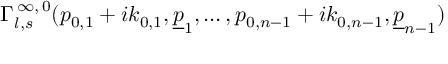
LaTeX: \Gamma _ { l , s } ^ { \, \infty , \, 0 } ( p _ { 0 , 1 } + i k _ { 0 , 1 } , \underline { { { p } } } _ { 1 } , \ldots , p _ { 0 , n - 1 } + i k _ { 0 , n - 1 } , \underline { { { p } } } _ { n - 1 } )